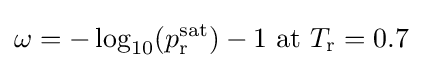
\omega =-\log _{10}(p_{\text{r}}^{\text{sat}})-1{\text{ at }}T_{\text{r}}=0.7